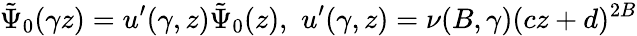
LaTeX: \tilde{\Psi}_{0}(\gamma z)=u^{\prime}(\gamma,z)\tilde{\Psi}_{0}(z),\, \, u^{\prime}(\gamma,z)=\nu(B,\gamma)(cz+d)^{2B}